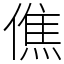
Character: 僬